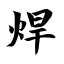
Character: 焊